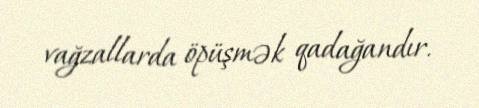
vağzallarda öpüşmək qadağandır.